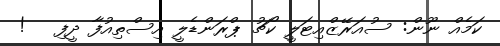
ކަމެއް ނޫން: ސުއަރޭޒްއިޓަލީ ކޯޗު ޕްރަންޑެލީ އިސްތިއުފާ ދީފި   !